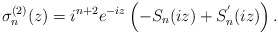
\begin{align*}\sigma_n^{(2)}(z) = i^{n+2} e^{-iz}\left( -S_n (iz)+ S_n^{'}(iz)\right) .\end{align*}